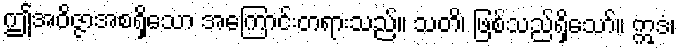
ဤအဝိဇ္ဇာအစရှိသော အကြောင်းတရားသည်။ သတိ၊ ဖြစ်သည်ရှိသော်။ ဣဒံ၊